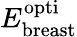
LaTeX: E_{\mathrm{breast}}^{\mathrm{opti}}